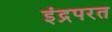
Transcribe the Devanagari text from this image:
इंद्रपरत